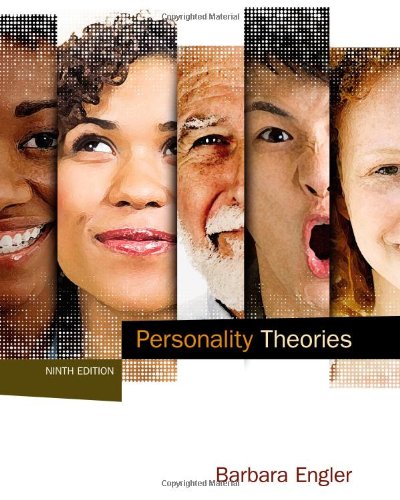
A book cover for Personality Theories; Barbara Engler; Medical Books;